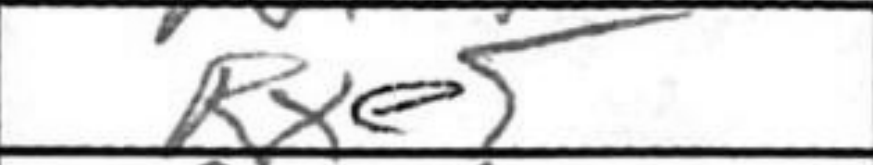
Transcription: Rxe5